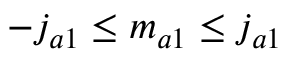
- j _ { a 1 } \leq m _ { a 1 } \leq j _ { a 1 }